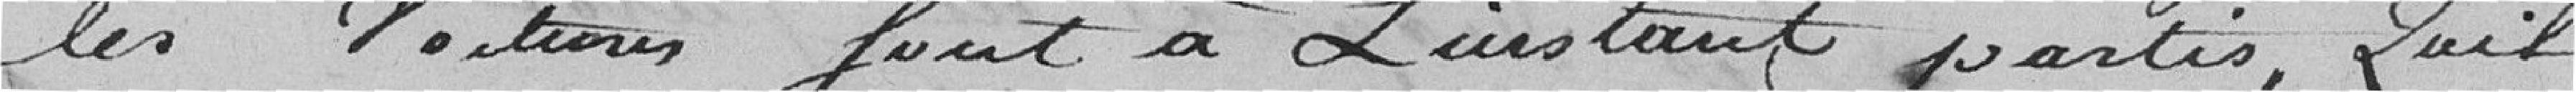
les voitures font à l'instant partis, qu'il